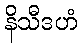
နိသီဒဟံ